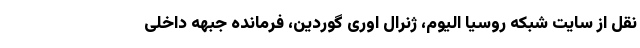
نقل از سایت شبکه روسیا الیوم، ژنرال اوری گوردین،‌ فرمانده جبهه داخلی